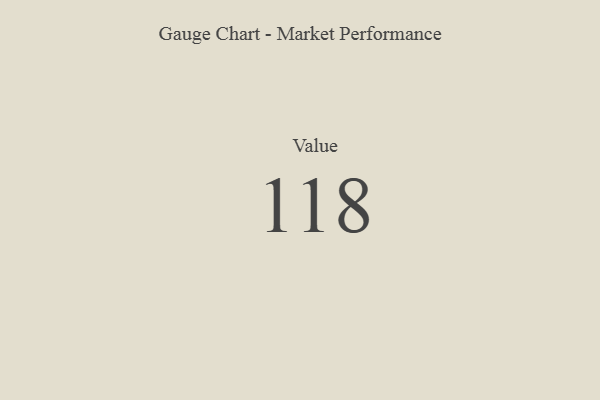
{"axis": {"x": "Metric", "y": "Value"}, "legend": [""], "data": [{"x": "Value", "y": 118, "type": ""}]}